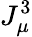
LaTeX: J_{\mu}^{3}